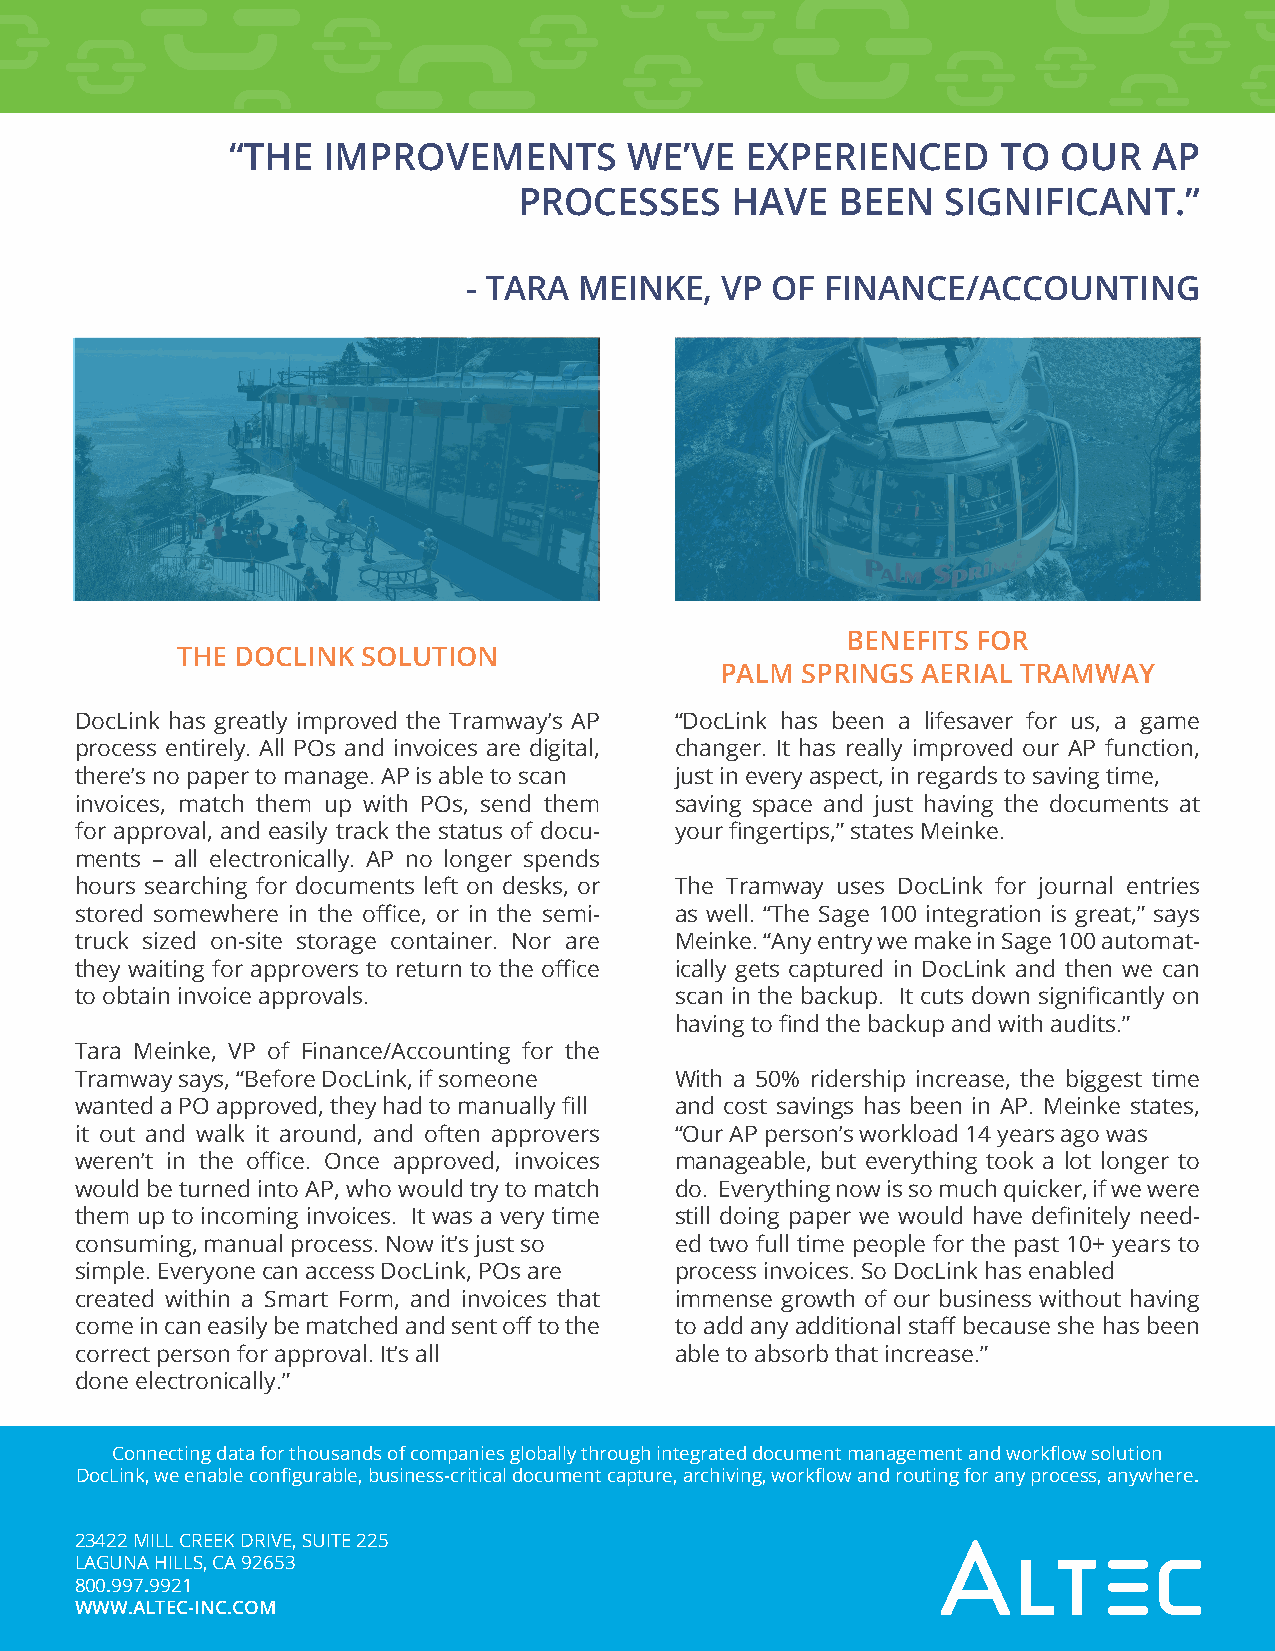
“THE  IMPROVEMENTS         WE’VE  EXPERIENCED      TO  OUR   AP
 PROCESSES     HAVE    BEEN   SIGNIFICANT.”
 - TARA MEINKE,   VP OF  FINANCE/ACCOUNTING
 BENEFITS FOR
 THE DOCLINK SOLUTION
 PALM SPRINGS AERIAL TRAMWAY
 DocLink has greatly improved the Tramway’s AP “DocLink has been a lifesaver for us, a game
 process entirely. All POs and invoices are digital, changer. It has really improved our AP function,
 there’s no paper to manage. AP is able to scan just in every aspect, in regards to saving time,
 invoices, match them up with POs, send them saving space and just having the documents at
 for approval, and easily track the status of docu- your fingertips,” states Meinke.
 ments – all electronically. AP no longer spends
 hours searching for documents left on desks, or The Tramway uses DocLink for journal entries
 stored somewhere in the office, or in the semi- as well. “The Sage 100 integration is great,” says
 truck sized on-site storage container. Nor are Meinke. “Any entry we make in Sage 100 automat-
 they waiting for approvers to return to the office ically gets captured in DocLink and then we can
 to obtain invoice approvals.            scan in the backup. It cuts down significantly on
 having to find the backup and with audits.”
 Tara Meinke, VP of Finance/Accounting for the
 Tramway says, “Before DocLink, if someone With a 50% ridership increase, the biggest time
 wanted a PO approved, they had to manually fill and cost savings has been in AP. Meinke states,
 it out and walk it around, and often approvers “Our AP person’s workload 14 years ago was
 weren’t in the office. Once approved, invoices manageable, but everything took a lot longer to
 would be turned into AP, who would try to match do. Everything now is so much quicker, if we were
 them up to incoming invoices. It was a very time still doing paper we would have definitely need-
 consuming, manual process. Now it’s just so ed two full time people for the past 10+ years to
 simple. Everyone can access DocLink, POs are process invoices. So DocLink has enabled
 created within a Smart Form, and invoices that immense growth of our business without having
 come in can easily be matched and sent off to the to add any additional staff because she has been
 correct person for approval. It’s all   able to absorb that increase.”
 done electronically.”
 Connecting data for thousands of companies globally through integrated document management and workflow solution
 DocLink, we enable configurable, business-critical document capture, archiving, workflow and routing for any process, anywhere.
 23422 MILL CREEK DRIVE, SUITE 225
 LAGUNA HILLS, CA 92653
 800.997.9921
 WWW.ALTEC-INC.COM